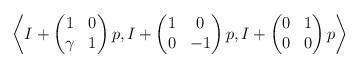
LaTeX: \begin{align*}\left \langle I + \begin{pmatrix} 1 & 0 \\ \gamma & 1 \end{pmatrix} p, I + \begin{pmatrix} 1 & 0 \\ 0 & -1 \end{pmatrix} p, I + \begin{pmatrix} 0 & 1 \\ 0 & 0 \end{pmatrix} p \right \rangle\end{align*}